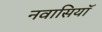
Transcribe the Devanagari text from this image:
नवासियाॅ